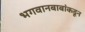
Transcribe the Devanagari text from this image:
भगवानबाबांकडून